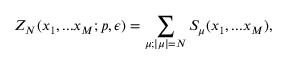
{ \cal Z } _ { N } ( x _ { 1 } , . . . x _ { M } ; p , \epsilon ) = \sum _ { \mu ; | \mu | = N } S _ { \mu } ( x _ { 1 } , . . . x _ { M } ) ,